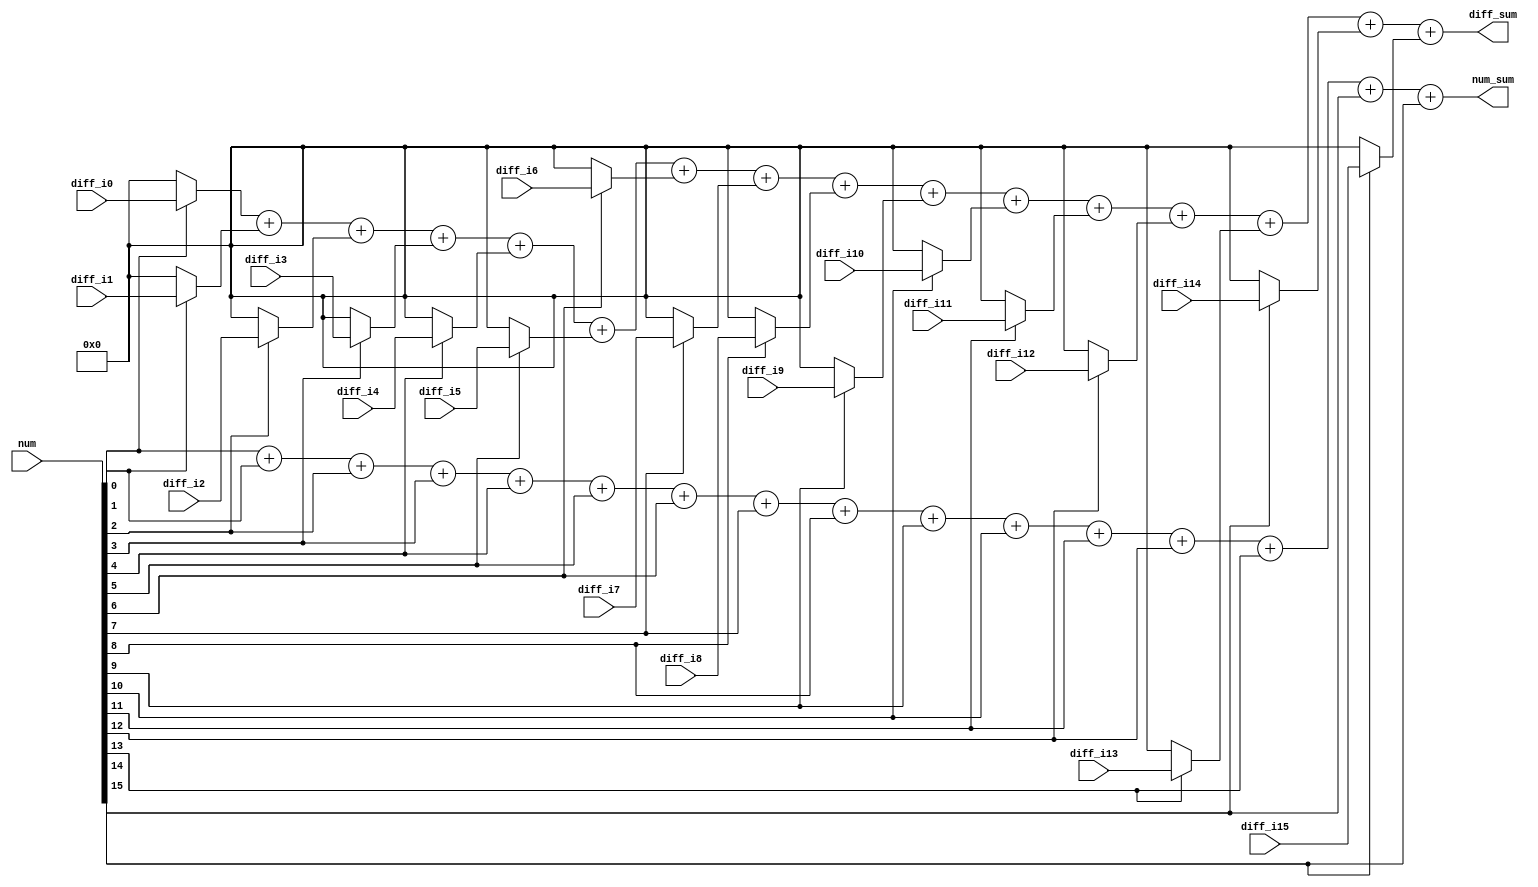
module sao_sum_diff(
        num             ,
        num_sum         ,
        diff_sum        ,
        // valid            ,// actige high
        diff_i0     ,diff_i1    ,diff_i2    ,diff_i3    ,diff_i4   ,
        diff_i5     ,diff_i6    ,diff_i7    ,diff_i8    ,diff_i9   ,
        diff_i10    ,diff_i11   ,diff_i12   ,diff_i13   ,diff_i14  ,
        diff_i15    
        );

input   [16-1:0]     num                ;
input   [  5:0]      diff_i0    ,diff_i1     ,diff_i2    ,diff_i3     ,diff_i4       ,
                     diff_i5    ,diff_i6     ,diff_i7    ,diff_i8     ,diff_i9       ,
                     diff_i10   ,diff_i11    ,diff_i12   ,diff_i13    ,diff_i14      ,
                     diff_i15   ;

output wire signed  [9:0]      diff_sum            ;  
output wire         [3:0]      num_sum             ;
            
wire signed [5:0] diff_w_0 ; 
wire signed [5:0] diff_w_1 ;
wire signed [5:0] diff_w_2 ; 
wire signed [5:0] diff_w_3 ;
wire signed [5:0] diff_w_4 ; 
wire signed [5:0] diff_w_5 ;
wire signed [5:0] diff_w_6 ; 
wire signed [5:0] diff_w_7 ;
wire signed [5:0] diff_w_8 ; 
wire signed [5:0] diff_w_9 ;
wire signed [5:0] diff_w_10; 
wire signed [5:0] diff_w_11;
wire signed [5:0] diff_w_12; 
wire signed [5:0] diff_w_13;
wire signed [5:0] diff_w_14; 
wire signed [5:0] diff_w_15;

assign diff_w_0  = num[0 ] ? diff_i0  : 0 ;
assign diff_w_1  = num[1 ] ? diff_i1  : 0 ;
assign diff_w_2  = num[2 ] ? diff_i2  : 0 ;
assign diff_w_3  = num[3 ] ? diff_i3  : 0 ;
assign diff_w_4  = num[4 ] ? diff_i4  : 0 ;
assign diff_w_5  = num[5 ] ? diff_i5  : 0 ;
assign diff_w_6  = num[6 ] ? diff_i6  : 0 ;
assign diff_w_7  = num[7 ] ? diff_i7  : 0 ;
assign diff_w_8  = num[8 ] ? diff_i8  : 0 ;
assign diff_w_9  = num[9 ] ? diff_i9  : 0 ;
assign diff_w_10 = num[10] ? diff_i10 : 0 ;
assign diff_w_11 = num[11] ? diff_i11 : 0 ;
assign diff_w_12 = num[12] ? diff_i12 : 0 ;
assign diff_w_13 = num[13] ? diff_i13 : 0 ;
assign diff_w_14 = num[14] ? diff_i14 : 0 ;
assign diff_w_15 = num[15] ? diff_i15 : 0 ;


assign num_sum = num[  0]  + num[  1] 
               + num[  2]  + num[  3] 
               + num[  4]  + num[  5] 
               + num[  6]  + num[  7] 
               + num[  8]  + num[  9] 
               + num[ 10]  + num[ 11] 
               + num[ 12]  + num[ 13] 
               + num[ 14]  + num[ 15] ;


assign diff_sum= diff_w_0  + diff_w_1 
               + diff_w_2  + diff_w_3 
               + diff_w_4  + diff_w_5 
               + diff_w_6  + diff_w_7 
               + diff_w_8  + diff_w_9 
               + diff_w_10 + diff_w_11
               + diff_w_12 + diff_w_13
               + diff_w_14 + diff_w_15;


endmodule